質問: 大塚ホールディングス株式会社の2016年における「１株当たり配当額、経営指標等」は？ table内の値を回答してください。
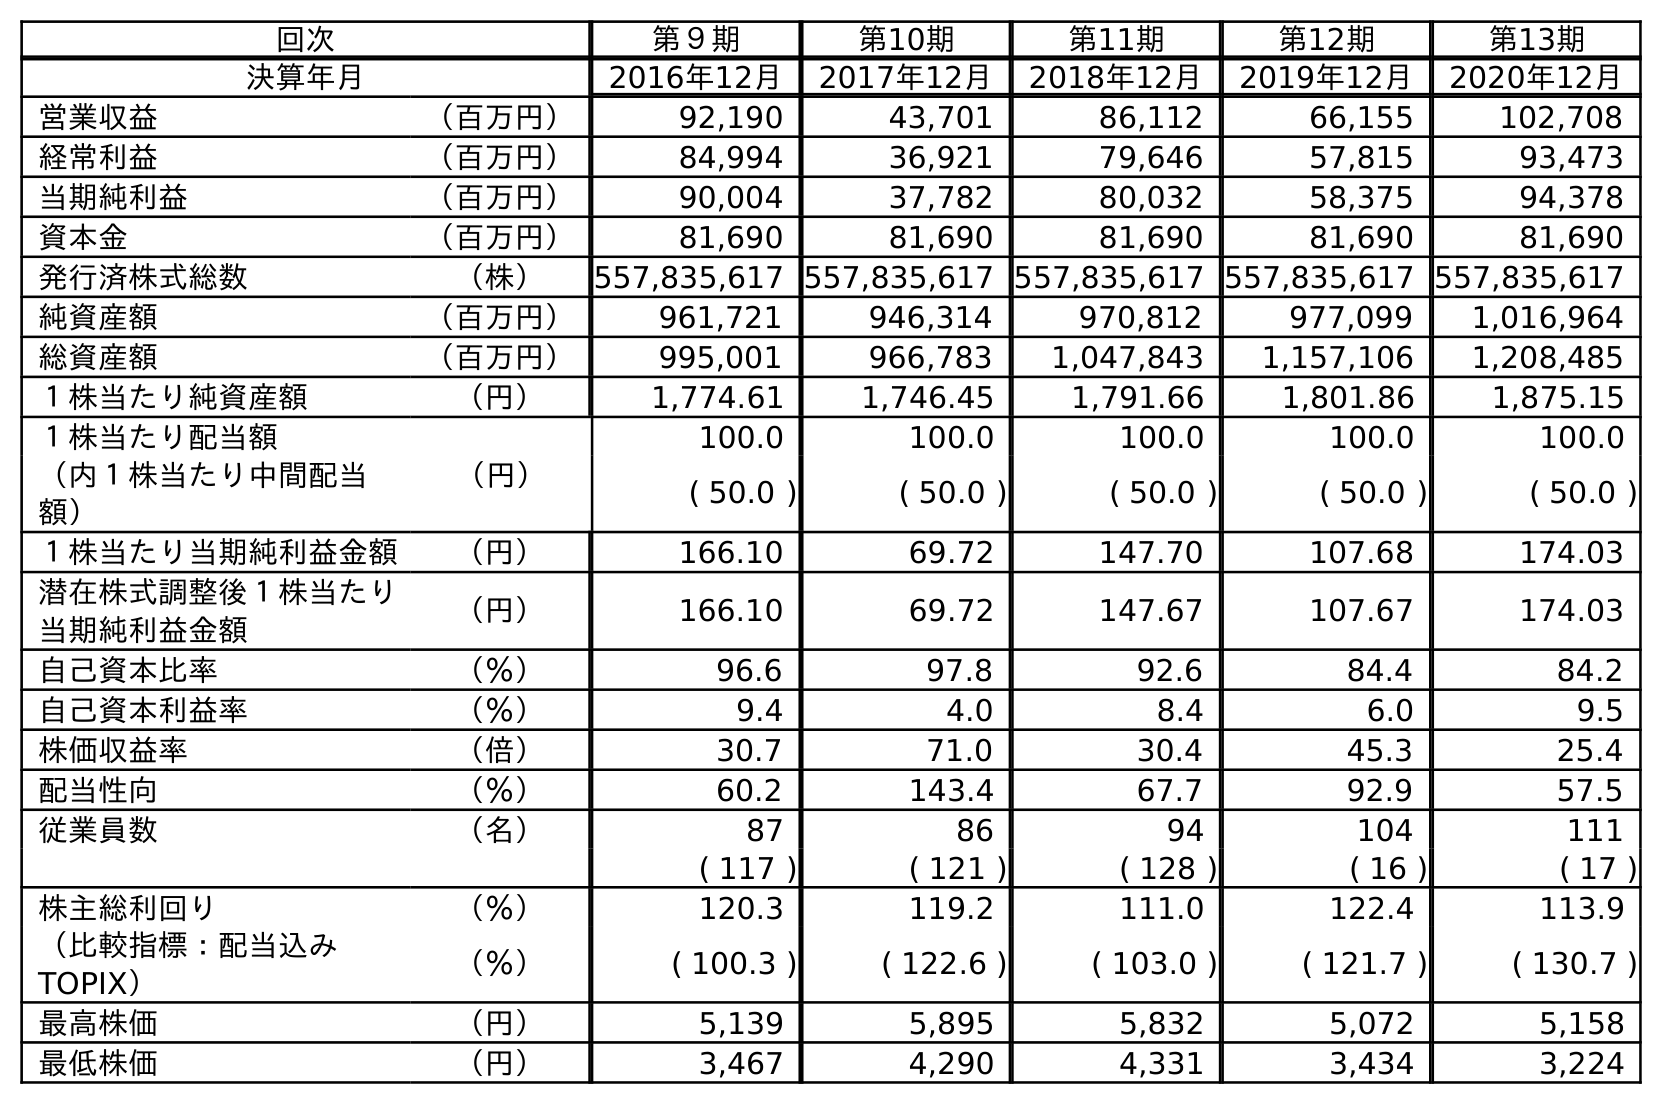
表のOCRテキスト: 回次 第９期 第10期 第11期 第12期 第13期 決算年月 2016年12月 2017年12月 2018年12月 2019年12月 2020年12月 営業収益 （百万円） 92,190 43,701 86,112 66,155 102,708 経常利益 （百万円） 84,994 36,921 79,646 57,815 93,473 当期純利益 （百万円） 90,004 37,782 80,032 58,375 94,378 資本金 （百万円） 81,690 81,690 81,690 81,690 81,690 発行済株式総数 （株） 557,835,617 557,835,617 557,835,617 557,835,617 557,835,617 純資産額 （百万円） 961,721 946,314 970,812 977,099 1,016,964 総資産額 （百万円） 995,001 966,783 1,047,843 1,157,106 1,208,485 １株当たり純資産額 （円） 1,774.61 1,746.45 1,791.66 1,801.86 1,875.15 １株当たり配当額 （円） 100.0 100.0 100.0 100.0 100.0 （内１株当たり中間配当 額） ( 50.0 ) ( 50.0 ) ( 50.0 ) ( 50.0 ) ( 50.0 ) １株当たり当期純利益金額 （円） 166.10 69.72 147.70 107.68 174.03 潜在株式調整後１株当たり 当期純利益金額 （円） 166.10 69.72 147.67 107.67 174.03 自己資本比率 （％） 96.6 97.8 92.6 84.4 84.2 自己資本利益率 （％） 9.4 4.0 8.4 6.0 9.5 株価収益率 （倍） 30.7 71.0 30.4 45.3 25.4 配当性向 （％） 60.2 143.4 67.7 92.9 57.5 従業員数 （名） 87 86 94 104 111 ( 117 ) ( 121 ) ( 128 ) ( 16 ) ( 17 ) 株主総利回り （％） 120.3 119.2 111.0 122.4 113.9 （比較指標：配当込み TOPIX） （％） ( 100.3 ) ( 122.6 ) ( 103.0 ) ( 121.7 ) ( 130.7 ) 最高株価 （円） 5,139 5,895 5,832 5,072 5,158 最低株価 （円） 3,467 4,290 4,331 3,434 3,224
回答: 100.0